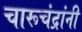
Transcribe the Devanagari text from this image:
चारूचंद्रांनी